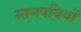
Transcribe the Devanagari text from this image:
स्तनपयियों